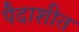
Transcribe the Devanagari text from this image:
पैदाशीत